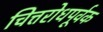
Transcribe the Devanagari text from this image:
चित्तरोधपूर्वक